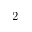
2